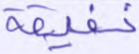
خفيفة